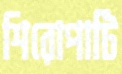
শিরোপাটি